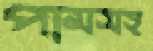
পামসহ